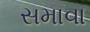
સમાવા